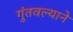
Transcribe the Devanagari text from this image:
गुंतवल्याने